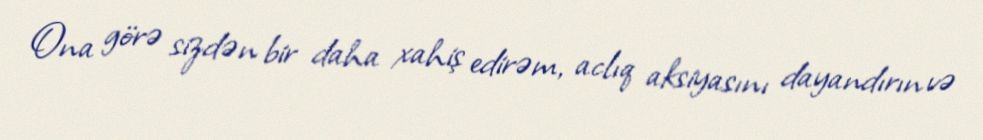
Ona görə sizdən bir daha xahiş edirəm, aclıq aksiyasını dayandırın və